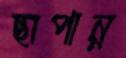
ছাপান্ন